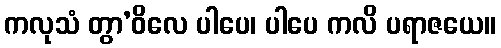
ကလုသံ တွာ’ဝိလေ ပါပေ၊ ပါပေ ကလိ ပရာဇယေ။